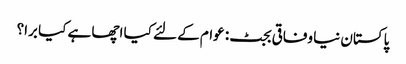
پاکستان نیا وفاقی بجٹ: عوام کے لئے کیا اچھا ہے کیا برا؟